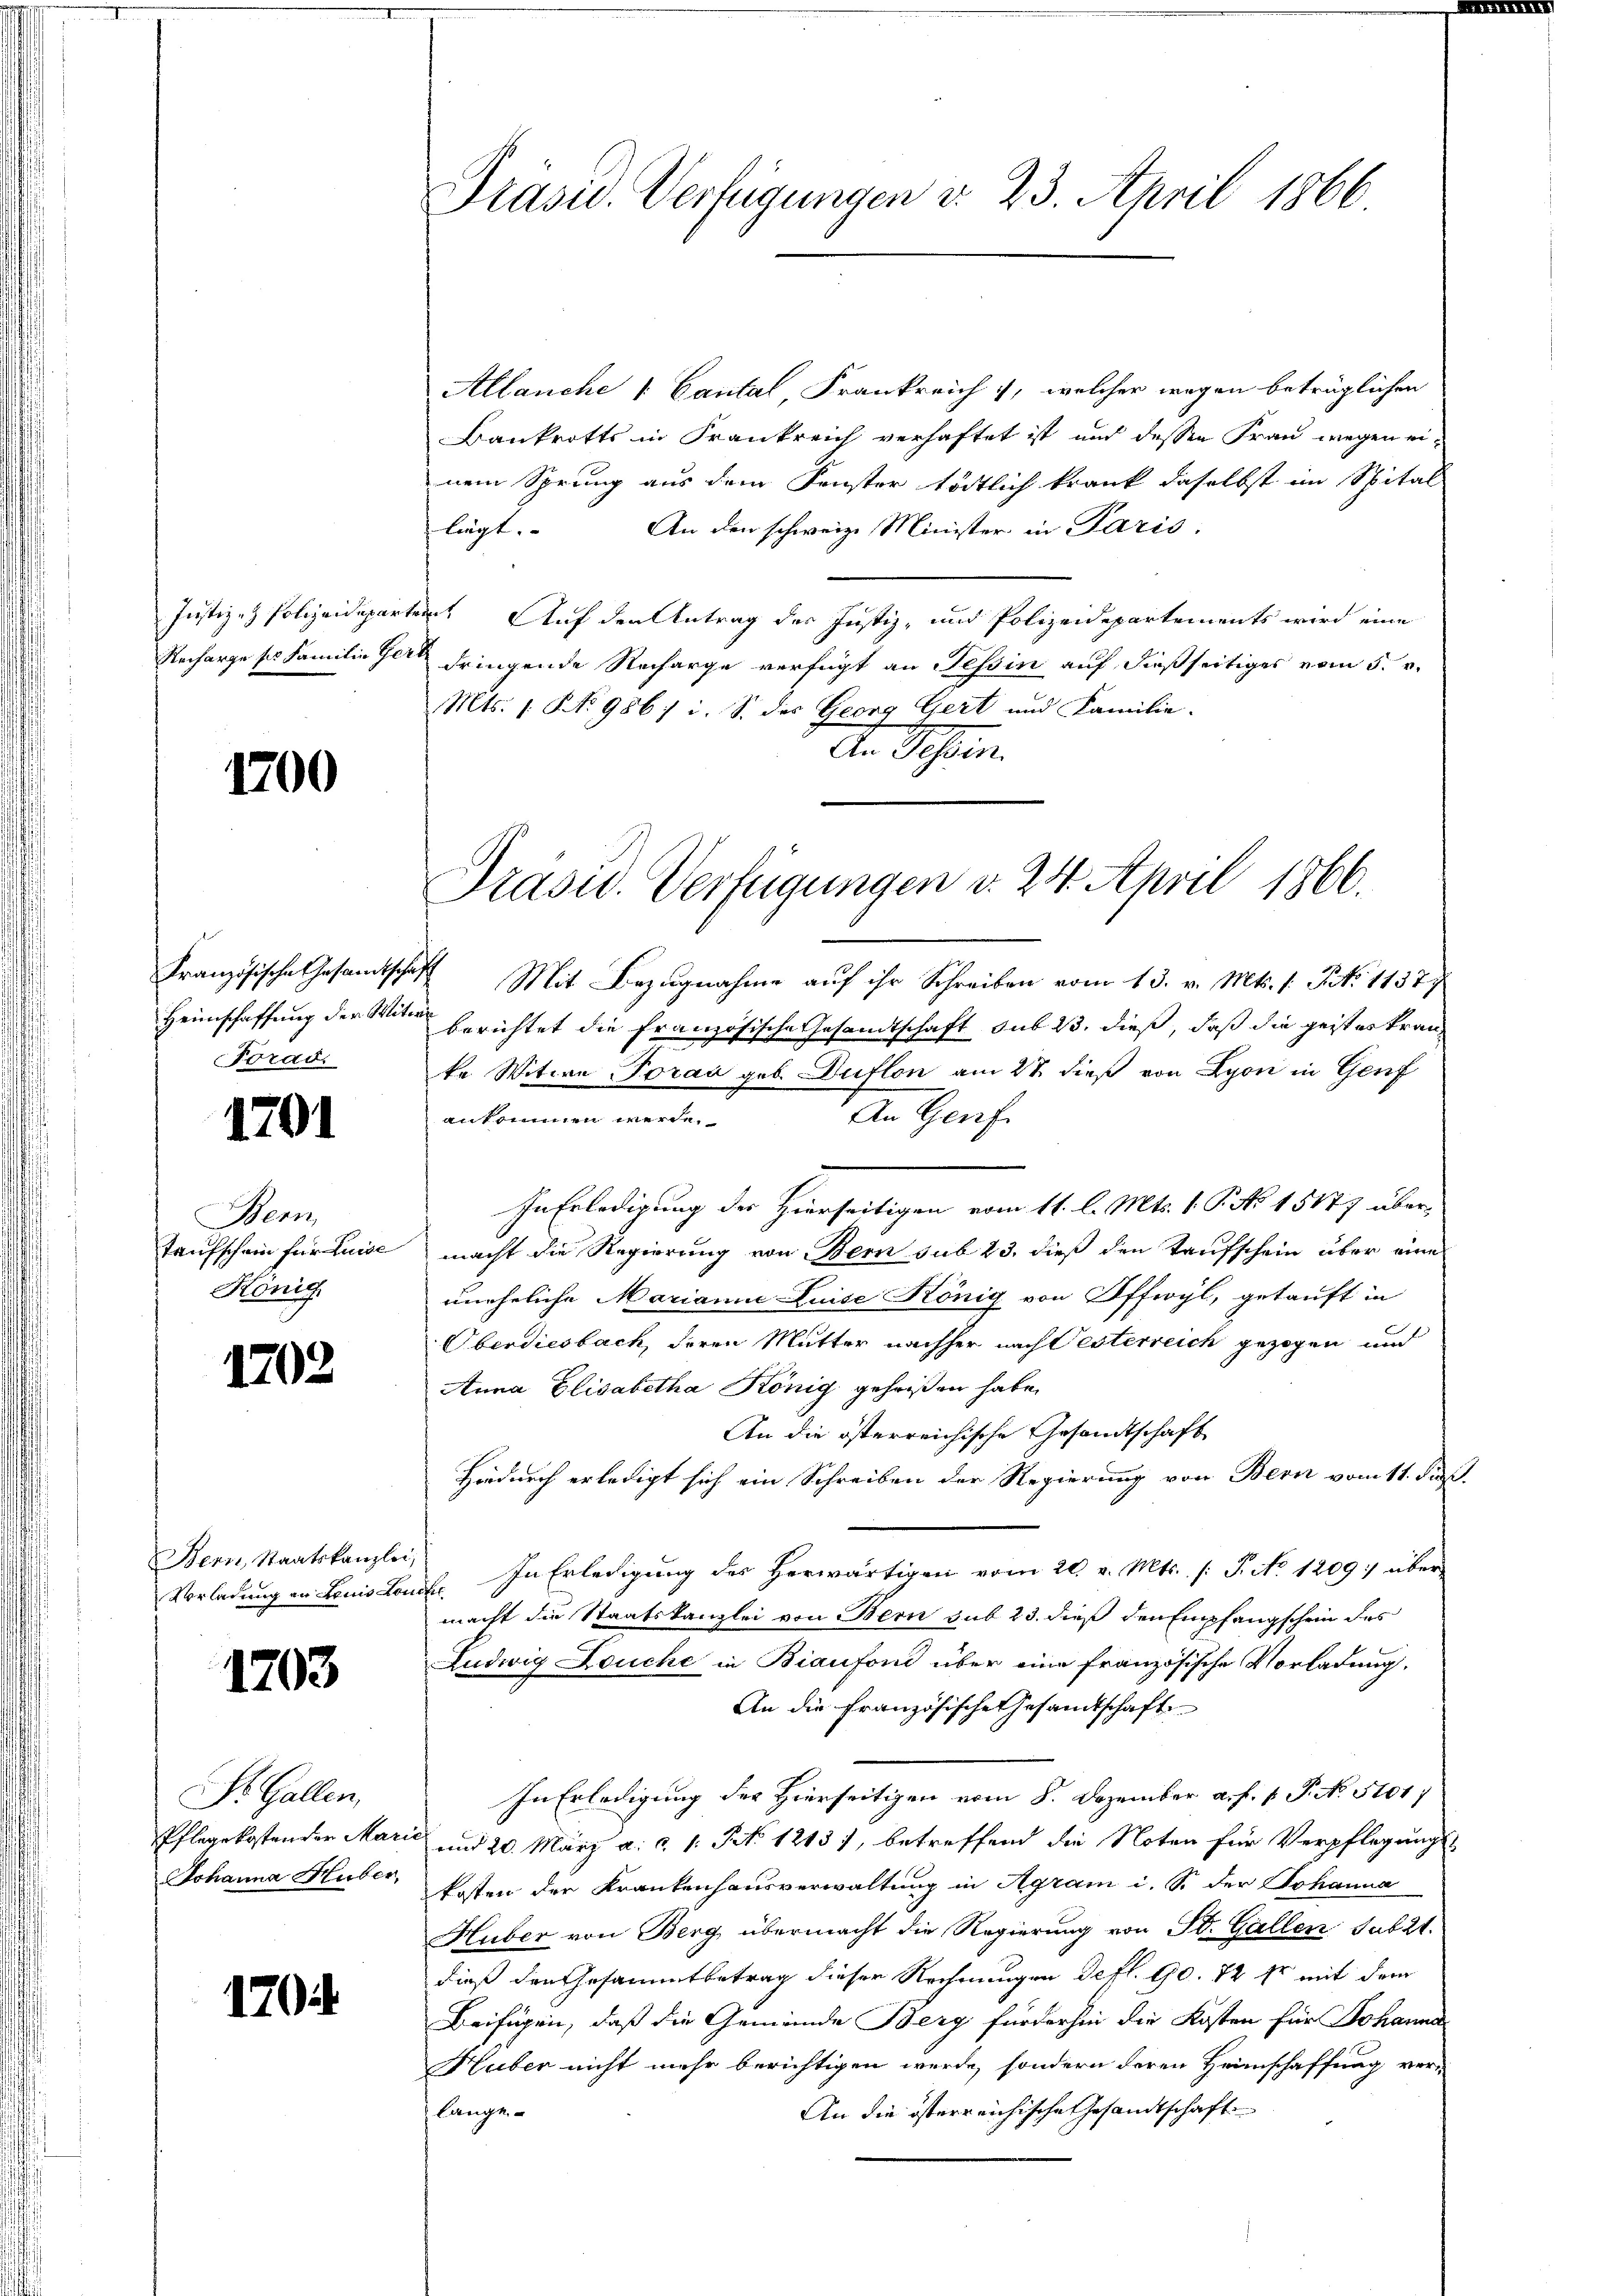
1700

Französische Gesamtschaf
Heimschaffung der Witw
Forad.

1701

Bern
Taufschein für Luise
König.

1702

Bern, Staatskanzlei,
Vorladung an Louis Lom

1703

St. Gallen,
Pflegekosten der Mari
Johanna Huber,

1705.

Allanche 1. Cantal Frankreich, welcher wegen beträglichen
Bankrotts in Frankreich verhaftet ist und dessen Frau wegen einem Sprung aus dem Fenster tödtlich krank daselbst im Spital
An den schweiz. Minister in Paris.
ligt.
Justiz- & Polizeideparten Auf den Antrag des Justiz- und Polizeidepartements wird eine
Recharge ses Familie le dringende Recharge verfügt an Tessin auf dießseitiges vom 5. v.
Mts. 1. No 986/ i. S. des Georg Gert und Familie.
An Tessin

Präsid. Verfügungen v. 23. April 1866

Präsid. Verfügungen v. 24. April 1866.

4 Mit Bezugnahme auf ihr Schreiben vom 13. v. Mts. s. S. 11377
berichtet die französische Gesandtschaft sub 23. dieß, daß die geisteskrante Witwe Toran geb. Duflon am 27. dieß von Lyon in Genf
An Genf.
ankommen werde.
In Erledigung der Hierseitigen vom 11. l. Mts. 1. P. No 15477 übermacht die Regierung von Bern sub 23. dieß den Taufschein über eine
uneheliche Marianna Luise König von Offwyl, getauft in
Oberdiesbach, deren Mutter nachher nach Oesterreich gezogen und
Anna Elisabetha König geheißen habe.
An die österreichische Gesandtschaft
Hidurch erledigt sich ein Schreiben der Regierung von Bern vom 11. Fuß.
In Erledigung des Herwärtigen vom 20. v. Mts. (T. No 1209 über
f
macht die Staatskanzlei von Bern sub 23. dieß den Empfangschein des
Ludwig Deuche in Biaufoni über eine französische Vorladung,
An die Französische Gesamtschaft
In Erledigung des Hierseitigen vom 8. Dezember a. f. 1. P. No. 5101/
und 20. März a. c. 1. No. 1213), betreffend die Noten für Verpflegungs-
kosten der Krankenhausverwaltung in Agram i. S. der Johanne
Huber von Berg übermacht die Regierung von St. Gallen sabzt.
dieß den Gesammtbetrag dieser Rechnungen Defl. 90. 72 Er mit dem
Beifügen, daß die Gemeinde Berg fürderhin die Kosten für Johanna
Huber nicht mehr berichtigen werde, sondern deren Heimschaffung ver-
lange
An die österreichische Gesandtschaft